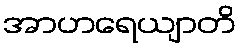
အာဟရေယျာတိ